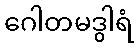
ဂေါတမဒွါရံ